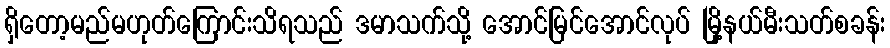
ရှိတော့မည်မဟုတ်ကြောင်းသိရသည် ဒမာသက်သို့ အောင်မြင်အောင်လုပ် မြို့နယ်မီးသတ်စခန်း